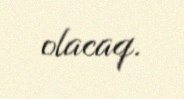
olacaq.